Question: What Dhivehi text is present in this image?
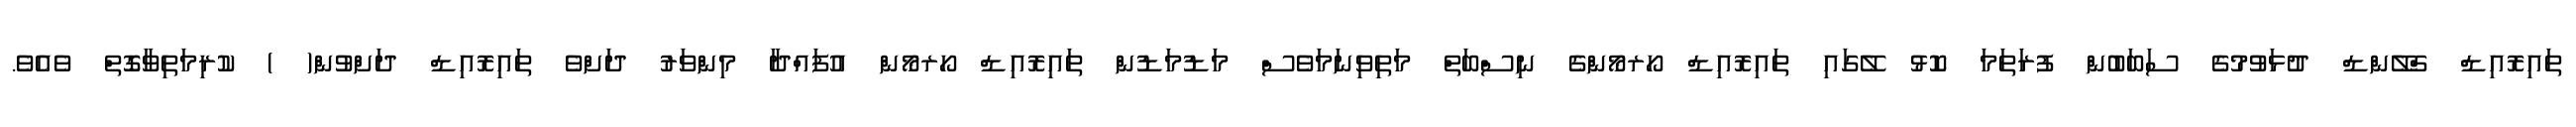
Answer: ތައިރޮއިޑް ގްލޭންޑް ދުޅަވުމުގެ ސަބަބުން ފުރަތަމަ ކޮޅު ލޭގައި ތައިރޮއިޑް ހޯރމޯންގެ ނިސްބަތް މަތިވިނަމަވެސް މަޑުމަޑުން ތައިރޮއިޑް ހޯރމޯން އުފައްދާ މިންވަރު ދަށްވެ ތައިރޮއިޑް ދަށްވުން( ) ކުރިމަތިވާގޮތް ވެއެވެ.